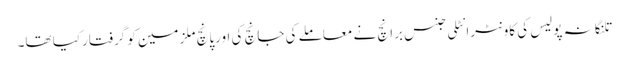
تلنگانہ پولیس کی کاونٹرانٹلی جنس برانچ نے معاملے کی جانچ کی اورپانچ ملزمین کو گرفتارکیا تھا۔